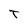
Character: T